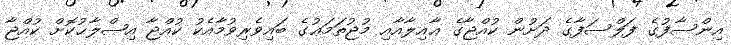
އިންސާފުގެ ފަލްސަފާގެ ދަށުން ކުއްޖާގެ ޢާއިލާއާއި މުޖުތަމަޢުގެ ބައިވެރިވުމާއެކު ކުއްޖާ އިޞްލާޙުކޮށް ކުއްޖާ